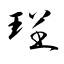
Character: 珵